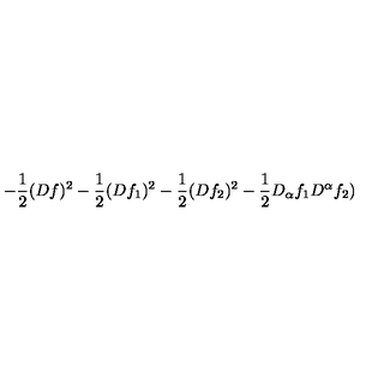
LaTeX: - \frac { 1 } { 2 } ( D f ) ^ { 2 } - \frac { 1 } { 2 } ( D f _ { 1 } ) ^ { 2 } - \frac { 1 } { 2 } ( D f _ { 2 } ) ^ { 2 } - \frac { 1 } { 2 } D _ { \alpha } f _ { 1 } D ^ { \alpha } f _ { 2 } )